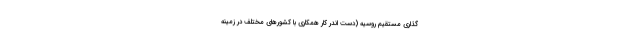
گذاری مستقیم روسیه (دست اندر کار همکاری با کشورهای مختلف در زمینه